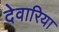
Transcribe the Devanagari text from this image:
देवारिया